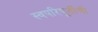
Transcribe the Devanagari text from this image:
स्वपरिपूर्तीची